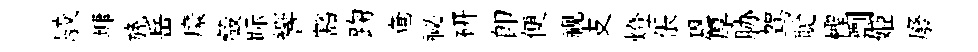
駮墉旒岳縻轂眎響豁踘奄祕研即便视支燈倀恩厚胁驾聪檉剽姬廢